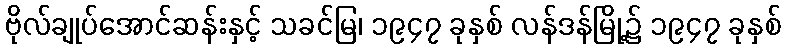
ဗိုလ်ချုပ်အောင်ဆန်းနှင့် သခင်မြ၊ ၁၉၄၇ ခုနှစ် လန်ဒန်မြို့၌ ၁၉၄၇ ခုနှစ်